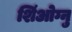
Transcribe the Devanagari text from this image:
शिंओग्नु